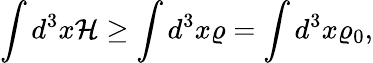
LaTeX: \int d^{3}x{\cal H}\ge\int d^{3}x\varrho=\int d^{3}x\varrho_{0},